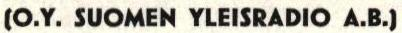
(O.Y. SUOMEN YLEISRADIO A.B.)